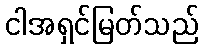
ငါအရှင်မြတ်သည်